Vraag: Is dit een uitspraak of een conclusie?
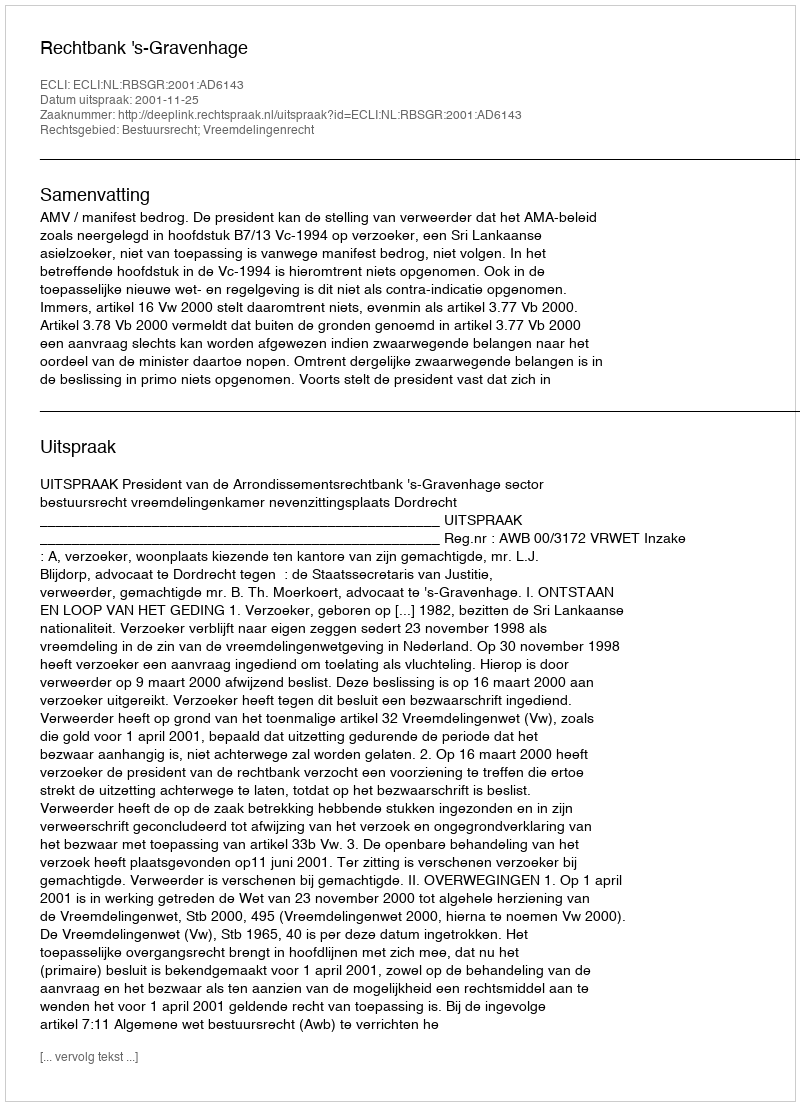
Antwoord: Uitspraak